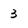
Character: 3